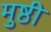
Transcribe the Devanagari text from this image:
मुष्ठी